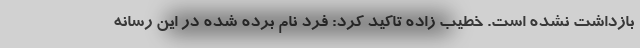
بازداشت نشده است. خطیب زاده تاکید کرد: فرد نام برده شده در این رسانه